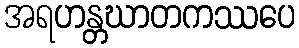
အရဟန္တဃာတကဿပေ